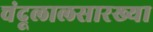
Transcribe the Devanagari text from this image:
चंदूलालसारख्या